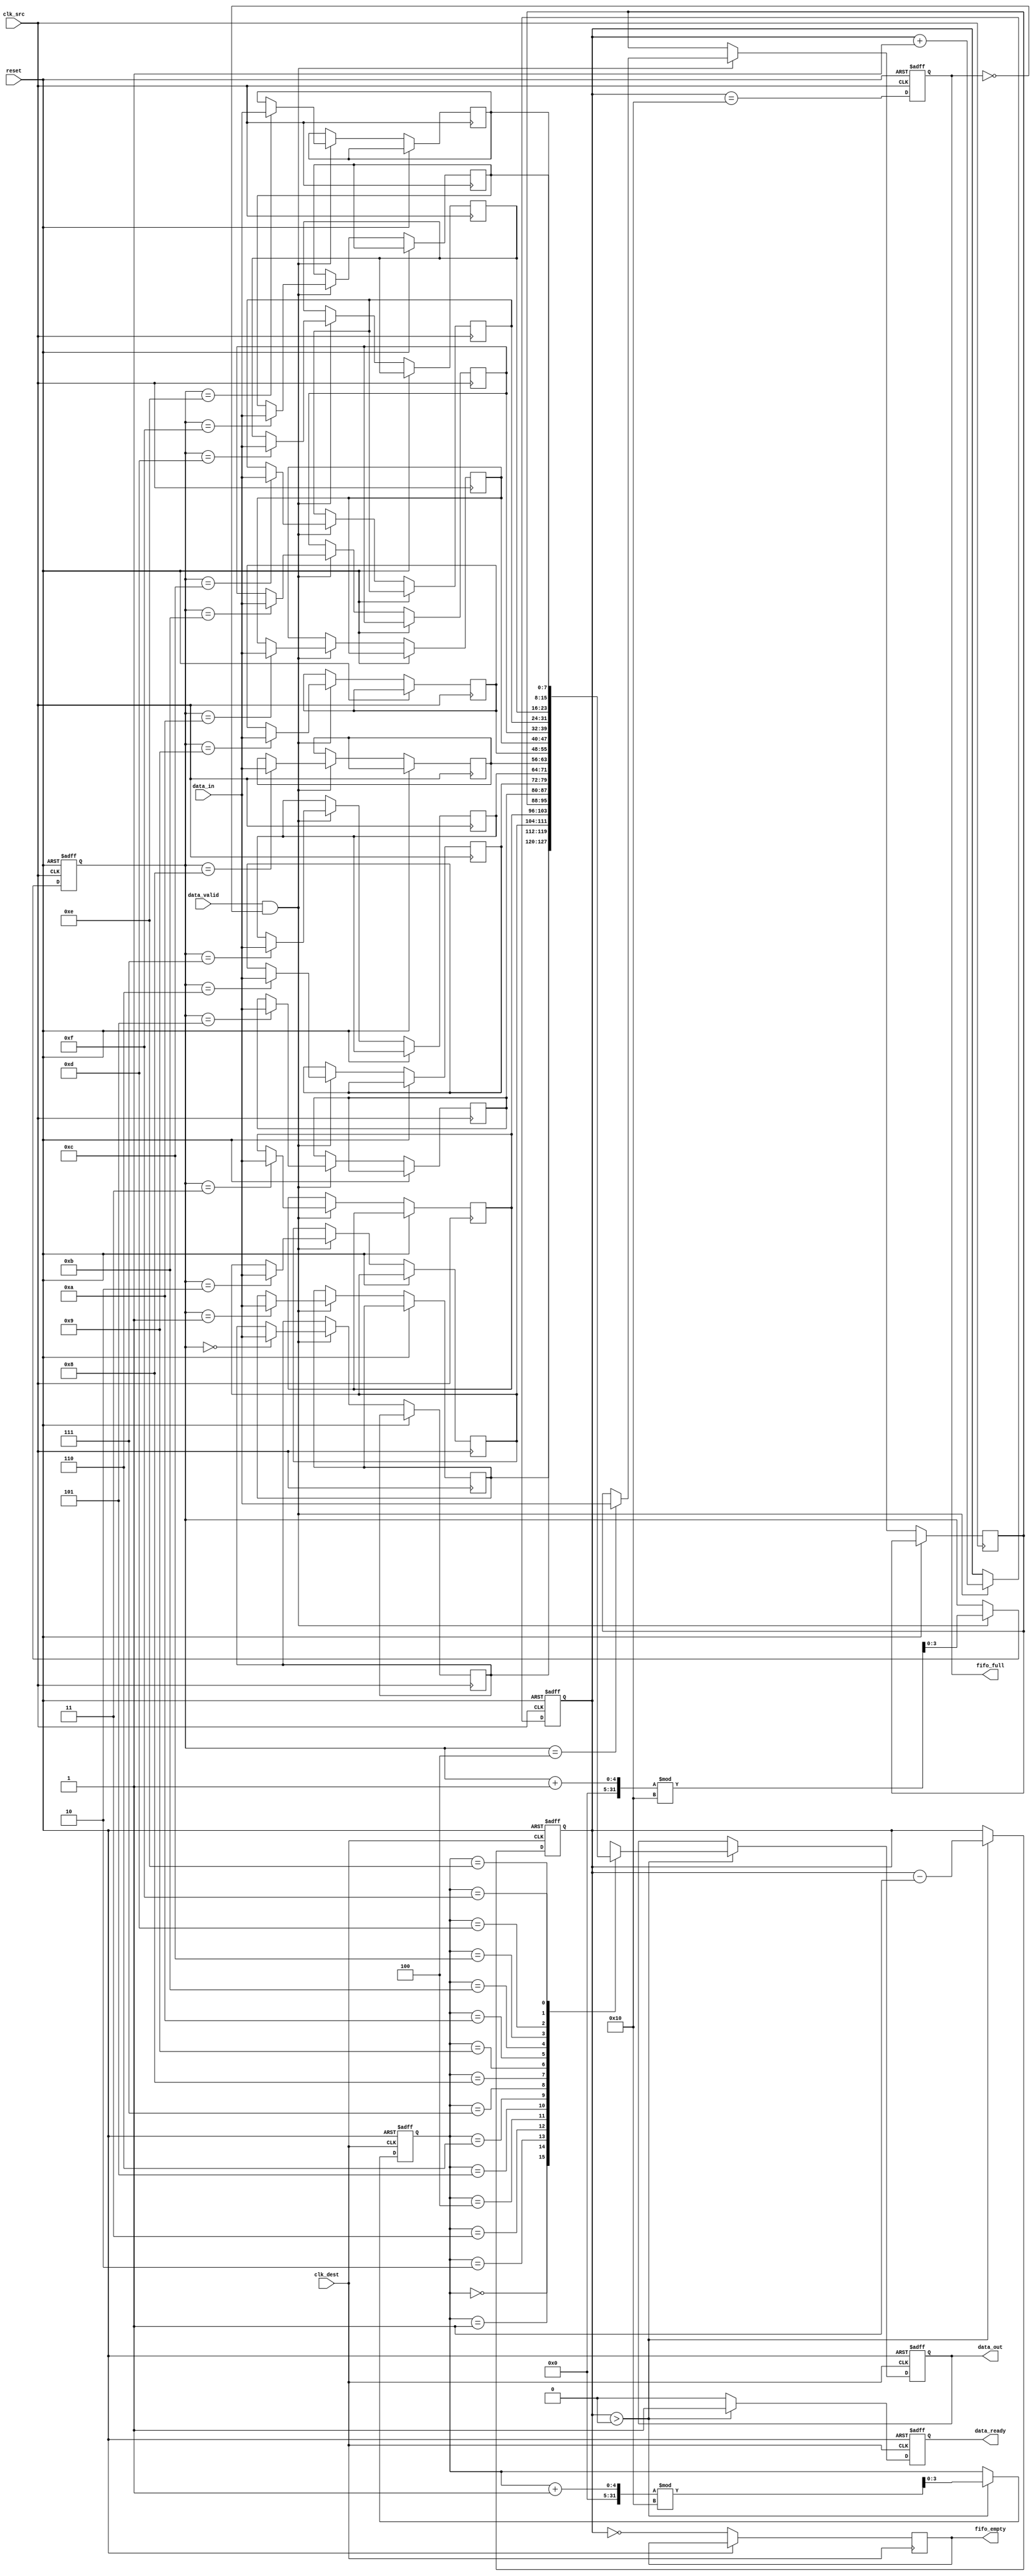
module burst_mode_synchronizer #(
    parameter DATA_WIDTH = 8, // Width of the data
    parameter FIFO_DEPTH = 16  // Depth of the FIFO
)(
    input wire clk_src,        // Source clock
    input wire clk_dest,       // Destination clock
    input wire reset,          // Asynchronous reset
    input wire [DATA_WIDTH-1:0] data_in, // Data input from source clock domain
    input wire data_valid,     // Data valid signal from source clock domain
    output reg [DATA_WIDTH-1:0] data_out, // Data output to destination clock domain
    output reg data_ready,     // Data ready signal for destination clock domain
    output reg fifo_full,      // FIFO full signal
    output reg fifo_empty       // FIFO empty signal
);

    // FIFO memory
    reg [DATA_WIDTH-1:0] fifo_mem [0:FIFO_DEPTH-1];
    reg [3:0] write_ptr, read_ptr; // Pointers for FIFO
    reg [4:0] fifo_count;           // Count of data in FIFO

    // Reset logic and FIFO control
    always @(posedge clk_src or posedge reset) begin
        if (reset) begin
            write_ptr <= 0;
            fifo_count <= 0;
            fifo_full <= 0;
        end else begin
            if (data_valid && !fifo_full) begin
                fifo_mem[write_ptr] <= data_in;
                write_ptr <= (write_ptr + 1) % FIFO_DEPTH;
                fifo_count <= fifo_count + 1;
            end
            fifo_full <= (fifo_count == FIFO_DEPTH);
        end
    end

    // FIFO read and handshaking mechanism
    always @(posedge clk_dest or posedge reset) begin
        if (reset) begin
            read_ptr <= 0;
            fifo_count <= 0;
            data_ready <= 0;
            data_out <= 0;
        end else begin
            if (fifo_count > 0) begin
                data_out <= fifo_mem[read_ptr];
                data_ready <= 1;
                read_ptr <= (read_ptr + 1) % FIFO_DEPTH;
                fifo_count <= fifo_count - 1;
            end else begin
                data_ready <= 0;
            end
            fifo_empty <= (fifo_count == 0);
        end
    end

    // Synchronization logic for data_valid signal
    reg data_valid_sync;
    always @(posedge clk_dest or posedge reset) begin
        if (reset) begin
            data_valid_sync <= 0;
        end else begin
            data_valid_sync <= data_ready; // Synchronize data_ready signal
        end
    end

endmodule